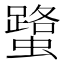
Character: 𧒍